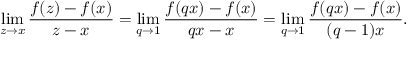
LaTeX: \operatorname* { l i m } _ { z \to x } { \frac { f ( z ) - f ( x ) } { z - x } } = \operatorname* { l i m } _ { q \to 1 } { \frac { f ( q x ) - f ( x ) } { q x - x } } = \operatorname* { l i m } _ { q \to 1 } { \frac { f ( q x ) - f ( x ) } { ( q - 1 ) x } } .